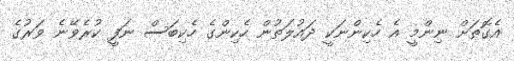
އެގޮތަށް ނިންމީ އެ ހެކިންނަކީ ދައުލަތުން ހެކިންގެ ހެކިބަސް ނަފީ ކުރެވޭނެ ވަރުގެ